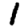
Digit: 1